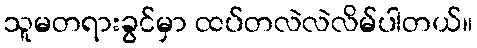
သူမတရားခွင်မှာ ထပ်တလဲလဲလိမ်ပါတယ်။